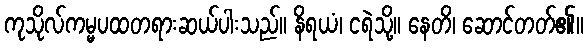
ကုသိုလ်ကမ္မပထတရားဆယ်ပါးသည်။ နိရယံ၊ ငရဲသို့။ နေတိ၊ ဆောင်တတ်၏။